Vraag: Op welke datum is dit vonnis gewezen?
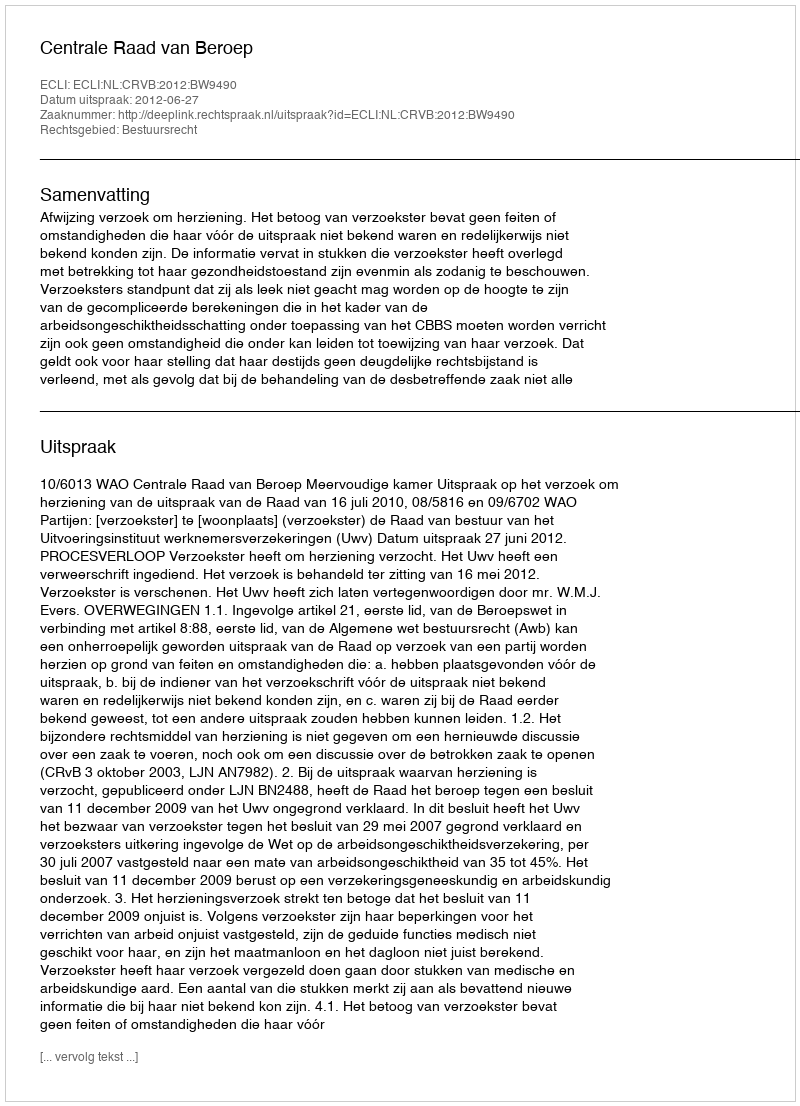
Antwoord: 2012-06-27